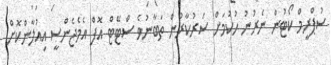
ސުޕްރީމް ކޯޓުން ނެރުނު ހުކުމަށް ސަރުކާރުން ތަބާނުވެ ސްޓޭޓް އޮފް އެމެޖެންސީ އިއުލާންކޮށް